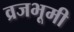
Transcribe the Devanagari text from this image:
व्रजभूमी